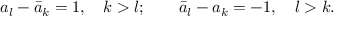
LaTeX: a _ { l } - \bar { a } _ { k } = 1 , \quad k > l ; \quad \quad \bar { a } _ { l } - a _ { k } = - 1 , \quad l > k .